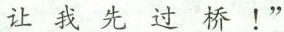
让我先过桥！”